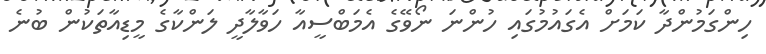
ހިންގަމުންދާ ކަމަށް އެގައުމުގައި ހުންނަ ނޯވޭގެ އެމަބްސީއާ ހަވާލާދީ ލަންކާގެ މީޑިއާތަކުން ބުނެ